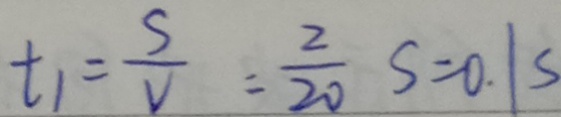
t _ { 1 } = \frac { S } { V } = \frac { 2 } { 2 0 } S = 0 . 1 s